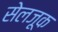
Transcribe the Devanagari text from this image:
सेलजूक